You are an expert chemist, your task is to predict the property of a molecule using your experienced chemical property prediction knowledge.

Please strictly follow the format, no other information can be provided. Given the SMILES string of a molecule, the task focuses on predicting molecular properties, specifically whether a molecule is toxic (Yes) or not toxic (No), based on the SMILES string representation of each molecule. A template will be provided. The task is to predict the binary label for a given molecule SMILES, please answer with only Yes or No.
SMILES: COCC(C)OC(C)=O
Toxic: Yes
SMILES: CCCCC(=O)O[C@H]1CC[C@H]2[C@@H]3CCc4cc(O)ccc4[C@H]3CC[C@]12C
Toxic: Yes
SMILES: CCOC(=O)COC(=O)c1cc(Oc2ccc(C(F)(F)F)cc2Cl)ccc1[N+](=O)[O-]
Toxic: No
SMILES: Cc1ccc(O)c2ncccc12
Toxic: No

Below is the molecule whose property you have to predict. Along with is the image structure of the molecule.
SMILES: O=C1C(Cl)=C(Cl)C(=O)C(Cl)=C1Cl
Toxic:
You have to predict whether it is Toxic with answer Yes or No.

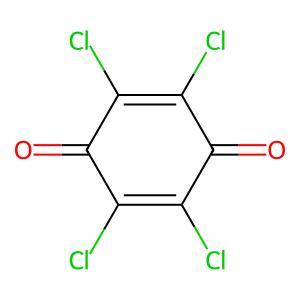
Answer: No